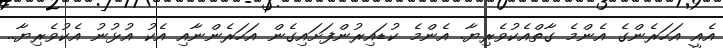
އެއީ އަހަރެންގެ އެންމެ ގާތްއެކުވެރިޔާ. އެންމެ ކުޑައިރުންފަށައިގެން އަހަރެންނާއި އެކު އުޅުނު އެކުވެރިޔާ..